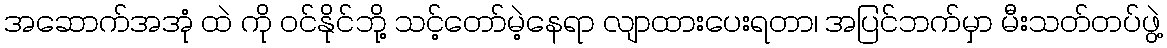
အဆောက်အအုံ ထဲ ကို ဝင်နိုင်ဘို့ သင့်တော်မဲ့နေရာ လျာထားပေးရတာ၊ အပြင်ဘက်မှာ မီးသတ်တပ်ဖွဲ့